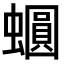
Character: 𧒪